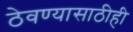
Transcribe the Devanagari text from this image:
ठेवण्यासाठीही